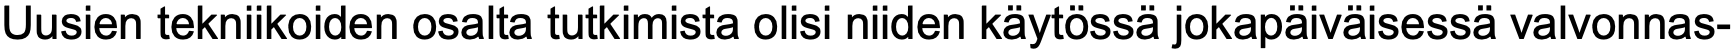
Uusien tekniikoiden osalta tutkimista olisi niiden käytössä jokapäiväisessä valvonnas-